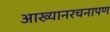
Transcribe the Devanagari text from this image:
आख्यानरचनापण